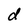
Character: d